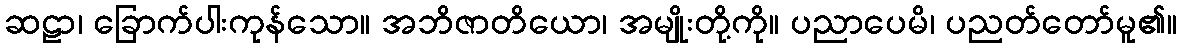
ဆဠာ၊ ခြောက်ပါးကုန်သော။ အဘိဇာတိယော၊ အမျိုးတို့ကို။ ပညာပေမိ၊ ပညတ်တော်မူ၏။